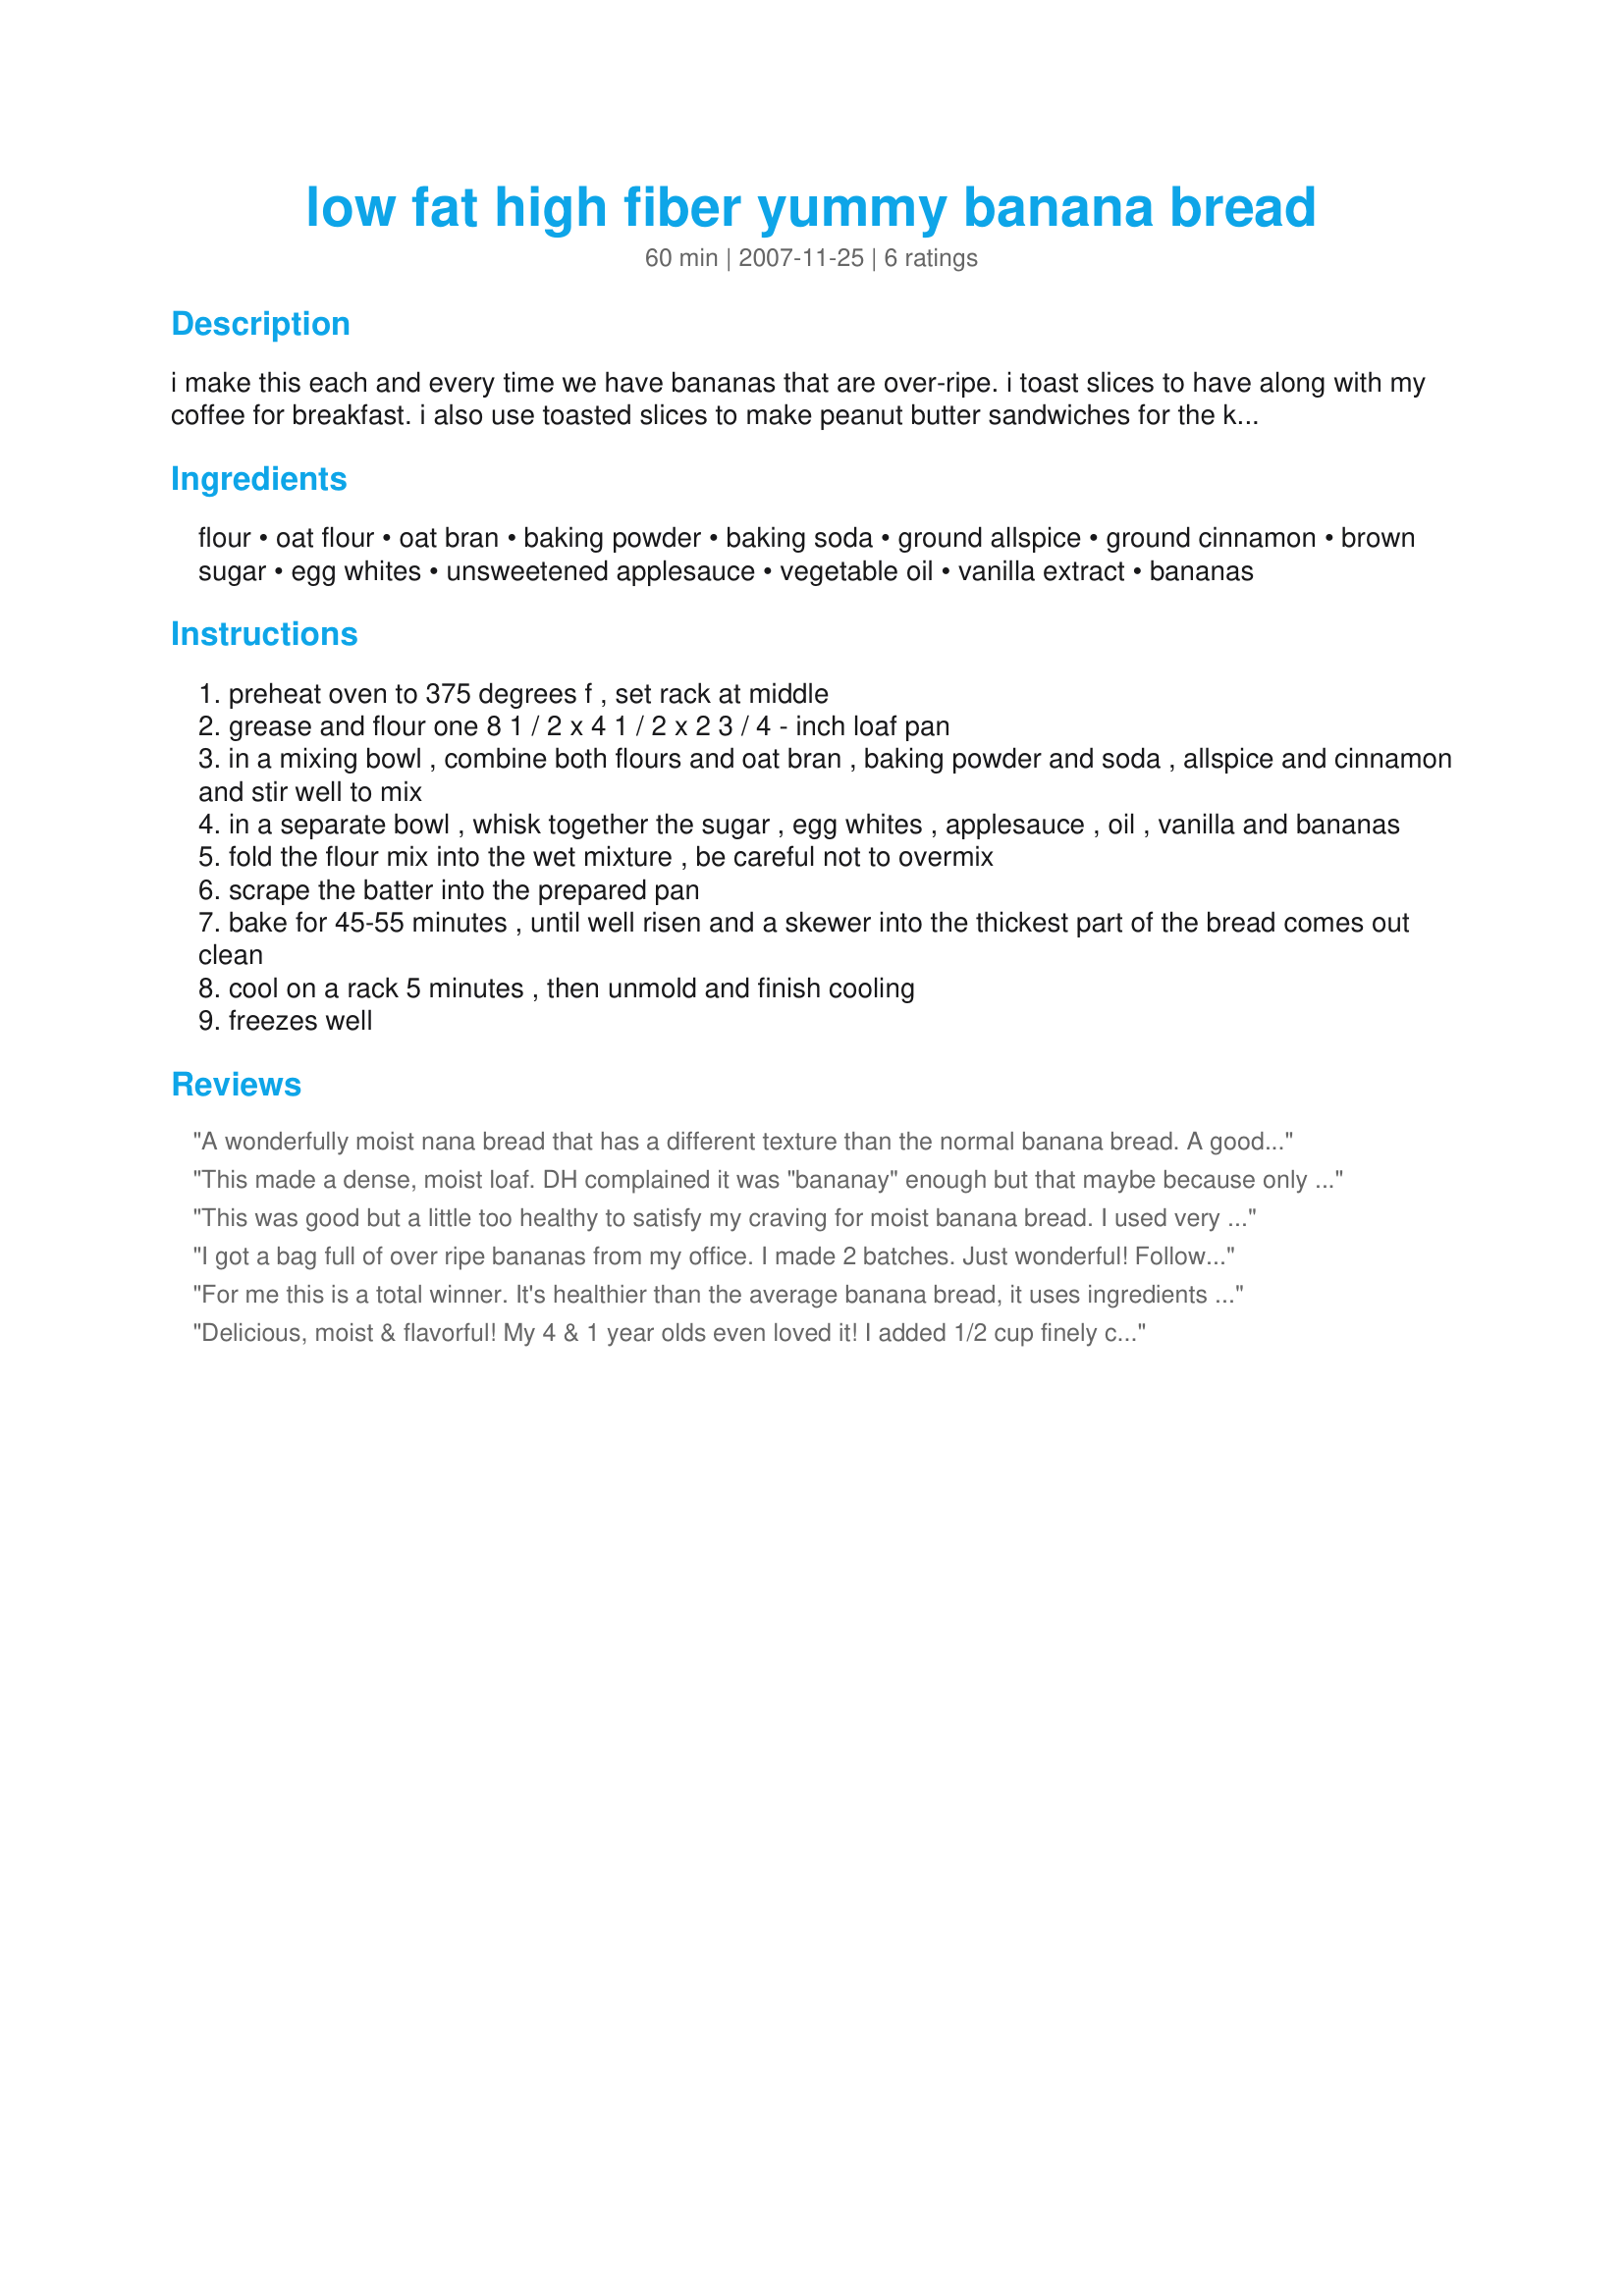
low fat high fiber yummy banana bread
Preparation time: 60 minutes

i make this each and every time we have bananas that are over-ripe. i toast slices to have along with my coffee for breakfast. i also use toasted slices to make peanut butter sandwiches for the kids' lunches. who says if it's good for you it can't taste good too? the original recipe, which i have adapted quite a bit, came from nick malgieri's book "how to bake."

Ingredients:
flour, oat flour, oat bran, baking powder, baking soda, ground allspice, ground cinnamon, brown sugar, egg whites, unsweetened applesauce, vegetable oil, vanilla extract, bananas

Steps:
preheat oven to 375 degrees f , set rack at middle
grease and flour one 8 1 / 2 x 4 1 / 2 x 2 3 / 4 - inch loaf pan
in a mixing bowl , combine both flours and oat bran , baking powder and soda , allspice and cinnamon and stir well to mix
in a separate bowl , whisk together the sugar , egg whites , applesauce , oil , vanilla and bananas
fold the flour mix into the wet mixture , be careful not to overmix
scrape the batter into the prepared pan
bake for 45-55 minutes , until well risen and a skewer into the thickest part of the bread comes out clean
cool on a rack 5 minutes , then unmold and finish cooling
freezes well

Reviews:
A wonderfully moist nana bread that has a different texture than the normal banana bread. A good different that is waaayyyy more healthy than using all white flour. I ground my own old fashioned oats with a food processor and that could have made the difference in making it a bit more dense than store bought. I used 4 ripe bananas for a very bananay taste:-) Also, use 3 mini-loaves instead of one large. That way I can share more easily.! TY Susie.~
Made for 123Hitwonders.
This made a dense, moist loaf.
DH complained it was "bananay" enough but that maybe because only half of my bananas were overripe, the other half were just ripe... The flavors in this are very subtle, it's not overpowering and would make for a nice snack with some tea. I like that it's got a decent amount of protein compared to sugar and will likely make this again, probably with a bit more cinnamon
This was good but a little too healthy to satisfy my craving for moist banana bread. I used very ripe bananas but it still had a more subtle banana flavor and was a bit dry.
I got a bag full of over ripe bananas from my office. I made 2 batches. Just wonderful! Followed recipe as directed, I will be making this often. Thank you for posting Susie. Made for Potluck Tag.
For me this is a total winner. It's healthier than the average banana bread, it uses ingredients that I always have on hand, it's moist and delicious. I used 3 very over ripe bananas that I had tossed into the freezer. I trimmed back on the sugars *some* by using 1/4 cup of Splenda Brown Sugar Blend. I would recommend using oat flour, do you know how long it takes the get anything resembling flour from old fashioned oats in the food processor? I didn't LOL. I stopped at grainy whole wheat flour texture. The loaf didn't seem to suffer from the coarser grind. I must also say that this produces the most wonderful aroma while baking. It's very tender and the flavor is second to none.
Delicious, moist & flavorful! My 4 & 1 year olds even loved it! I added 1/2 cup finely chopped walnuts, 2 tablespoons ground flax seed, and I sprinkled the top with about 1/3 cup chocolate chips. I didn't have oat bran, so I used 1/2 cup quick oats. I will definitely make this one again!
